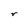
Character: r